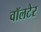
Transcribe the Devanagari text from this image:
वॉलटेर